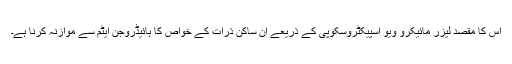
اس کا مقصد لیزر مائیکرو ویو اسپیکٹروسکوپی کے ذریعے ان ساکن ذرات کے خواص کا ہائیڈروجن ایٹم سے موازنہ کرنا ہے۔